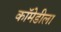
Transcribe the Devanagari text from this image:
कॉमेडीला